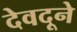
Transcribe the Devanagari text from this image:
देवदूने